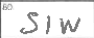
Transcription: SIW